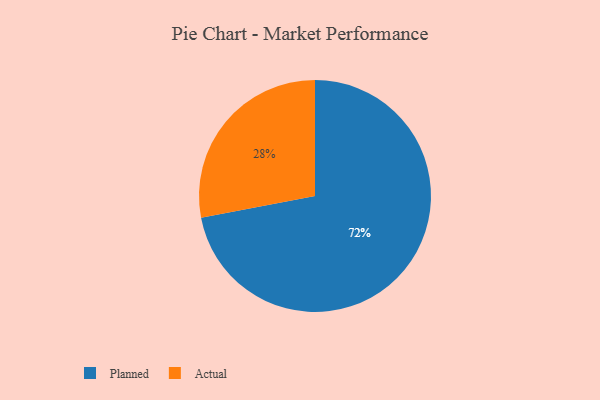
{"axis": {"x": "Category", "y": "Percentage"}, "legend": ["Actual", "Planned"], "data": [{"x": "Planned", "y": 72, "type": "Planned"}, {"x": "Actual", "y": 28, "type": "Actual"}]}